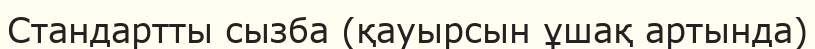
Стандартты сызба (қауырсын ұшақ артында)